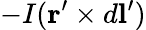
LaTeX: -I(\mathbf{r}^{\prime}\times d\mathbf{l}^{\prime})